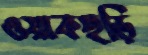
ওয়াকছড়ি